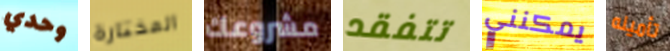
وحدي المختارة مشروعك تتفقد يمكنني تأمينه